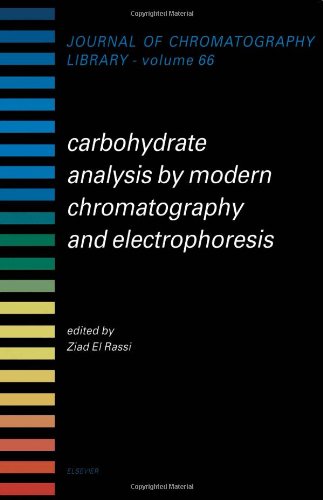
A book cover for Carbohydrate Analysis by Modern Chromatography and Electrophoresis, Volume 66 (Journal of Chromatography Library); Ziad El-Rassi; Science & Math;